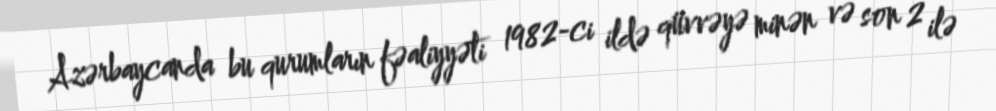
Azərbaycanda bu qurumların fəaliyyəti 1982-ci ildə qüvvəyə minən və son 2 ilə